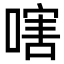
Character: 嗐